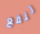
تنفع